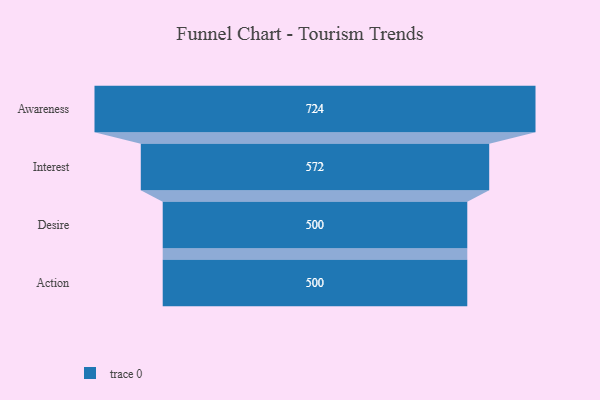
{"axis": {"x": "Stage", "y": "Value"}, "legend": [""], "data": [{"x": "Awareness", "y": 724.0, "type": ""}, {"x": "Interest", "y": 572.0, "type": ""}, {"x": "Desire", "y": 500, "type": ""}, {"x": "Action", "y": 500, "type": ""}]}